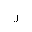
Letter: _zay